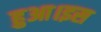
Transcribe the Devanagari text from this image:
हुआ।इस